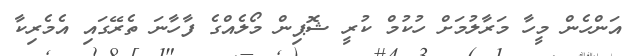
އަންހެން މީހާ މަރާލުމަށް ހުކުމް ކުރީ ޝޮޕިން މޯލެއްގެ ފާހާނަ ތެރޭގައި އެމެރިކާ